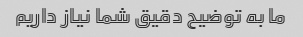
ما به توضیح دقیق شما نیاز داریم